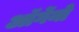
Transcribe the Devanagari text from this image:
ऑर्गेनो